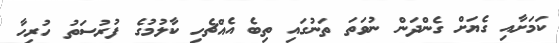
ކަމަށާއި ގެޔަށް ގެންދަން ނުވަތަ ތަނުގައި ތިބެ އެއްޗެހި ކާލުމުގެ ފުރުސަތު ހުރިހާ